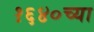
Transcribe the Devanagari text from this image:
१६४०च्या